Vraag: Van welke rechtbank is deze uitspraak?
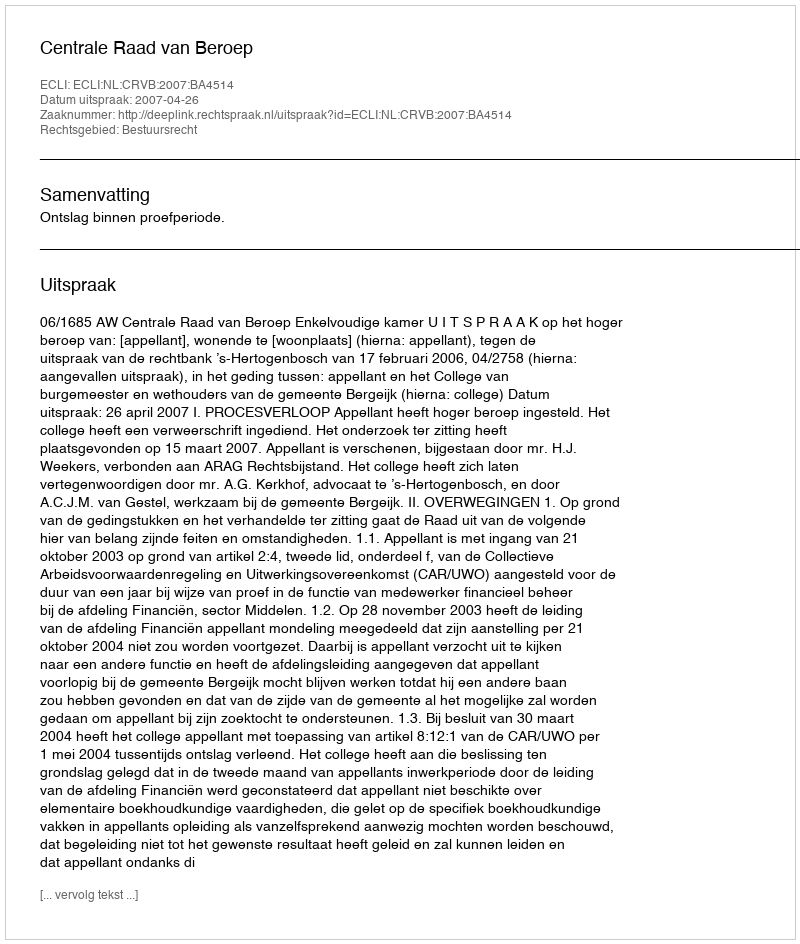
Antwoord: Centrale Raad van Beroep